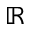
\mathbb { R }